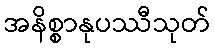
အနိစ္စာနုပဿီသုတ်